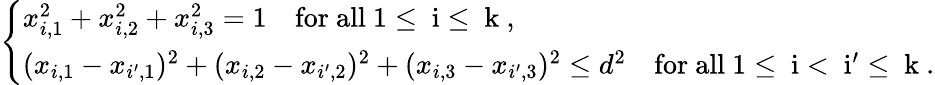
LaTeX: \left\{ \begin{array}{ll}{x_{i,1}^{2}+x_{i,2}^{2}+x_{i,3}^{2}=1\quad\mathrm{for~all~1\leq~i\leq~k~,}}\\ {(x_{i,1}-x_{i^{\prime},1})^{2}+(x_{i,2}-x_{i^{\prime},2})^{2}+(x_{i,3}-x_{i^{\prime},3})^{2}\leq d^{2}\quad\mathrm{for~all~1\leq~i<~i'\leq~k~.}}\end{array}\right.